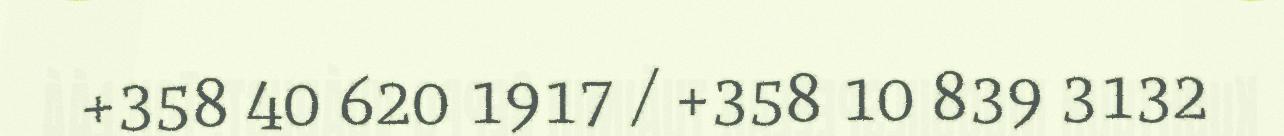
+358 40 620 1917 / +358 10 839 3132